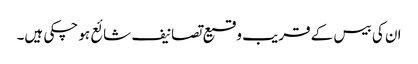
ان کی بیس کے قریب وقیع تصانیف شائع ہو چکی ہیں۔